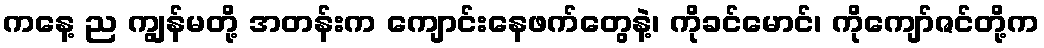
ကနေ့ ည ကျွန်မတို့ အတန်းက ကျောင်းနေဖက်တွေနဲ့၊ ကိုခင်မောင်၊ ကိုကျော်ဇင်တို့က